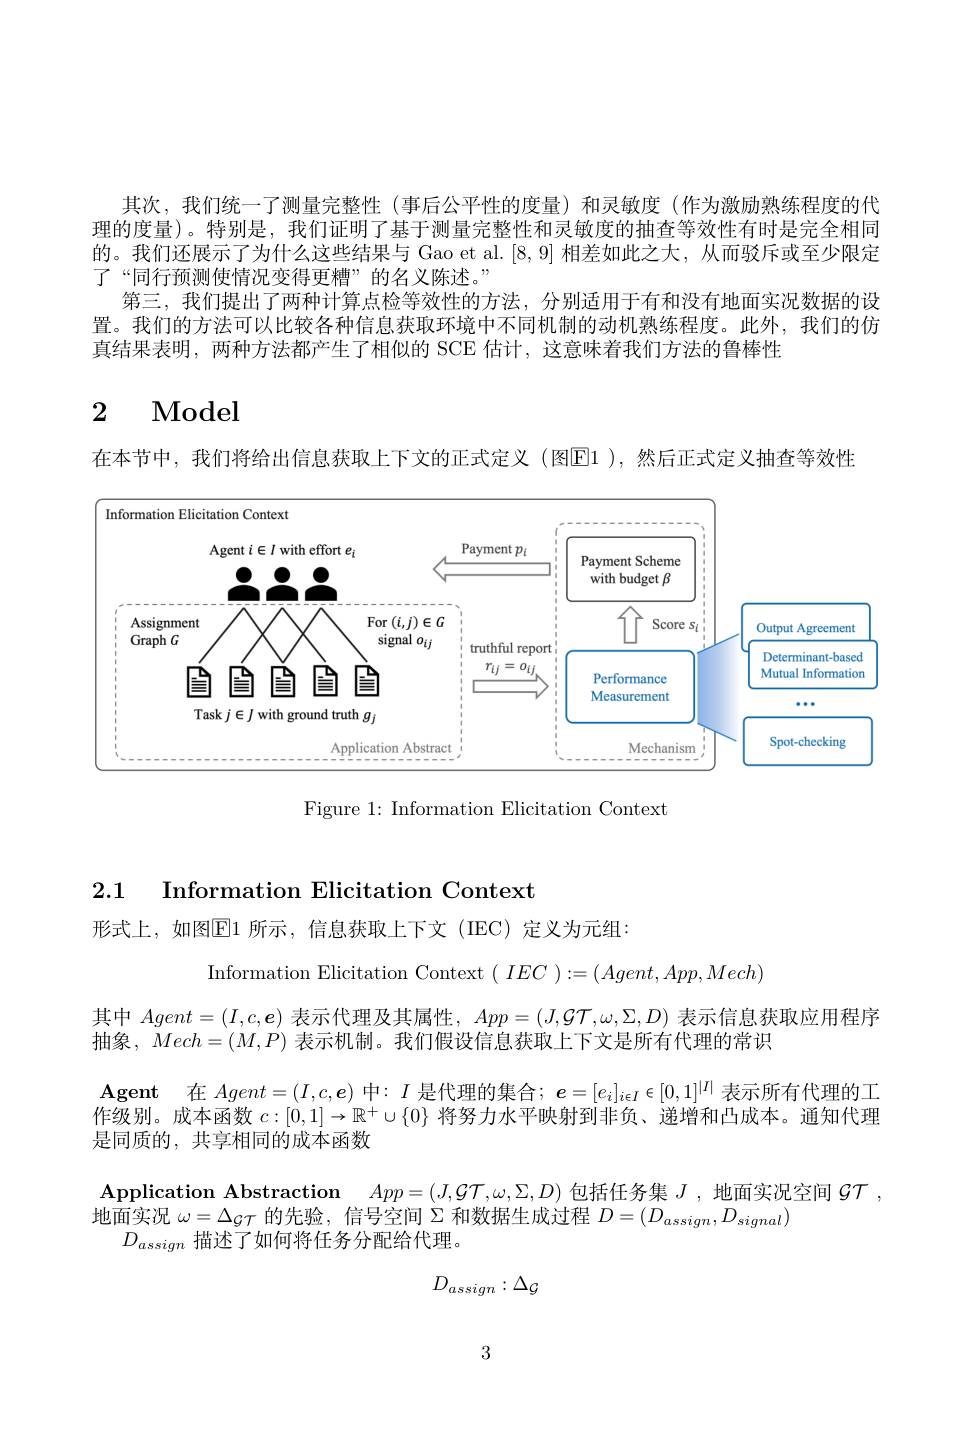
其次，我们统一了测量完整性(事后公平性的度量)和灵敏度(作为激励熟练程度的代理的度量)。特别是，我们证明了基于测量完整性和灵敏度的抽查等效性有时是完全相同的。我们还展示了为什么这些结果与 Gao et al.[8,9] 相差如此之大，从而驳斥或至少限定了“同行预测使情况变得更糟”的名义陈述。”
第三，我们提出了两种计算点检等效性的方法，分别适用于有和没有地面实况数据的设置。我们的方法可以比较各种信息获取环境中不同机制的动机熟练程度。此外，我们的仿真结果表明，两种方法都产生了相似的 SCE 估计，这意味着我们方法的鲁棒性

## $\begin{array}{ccc}2&\text{Model}\\\end{array}$

在本节中，我们将给出信息获取上下文的正式定义(图E1 ),然后正式定义抽查等效性

<FigureHere>

Figure 1: Information Elicitation Context

2.1 Information Elicitation Context

形式上，如图$\overline{\mathbb{E}}1$ 所示，信息获取上下文 (IEC)定义为元组：

Information Elicitation Context( $IEC$ $) : = ( Agent, App, Mech)$

其中$Agent=(I,c,\boldsymbol{e})$表示代理及其属性，$App=(J,\mathcal{GT},\omega,\Sigma,D)$表示信息获取应用程序
抽象，$Mech=(M,P)$表示机制。我们假设信息获取上下文是所有代理的常识
$\mathbf{Agent}$ 在 $Agent=(I,c,\boldsymbol{e})$ 中$:I$ 是代理的集合$;\boldsymbol e=[e_i]_i\epsilon I\in[0,1]^|I|$ 表示所有代理的工作级别。成本函数$c:[0,1]\to\mathbb{R}^+\cup\{0\}$将努力水平映射到非负、递增和凸成本。通知代理是同质的，共享相同的成本函数

 Application Abstraction $App= ( J, \mathcal{G} \mathcal{T} , \omega , \Sigma , D)$包括任务集$J$ ,地面实况空间$\mathcal{GT}$,
地面实况$\omega=\Delta_{\mathcal{G}\mathcal{T}}$的先验，信号空间$\Sigma$和数据生成过程$D=(D_assign,D_{signal})$
$D_{assign}$描述了如何将任务分配给代理。
$$D_{assign}:\Delta_{\mathcal{G}}$$
3